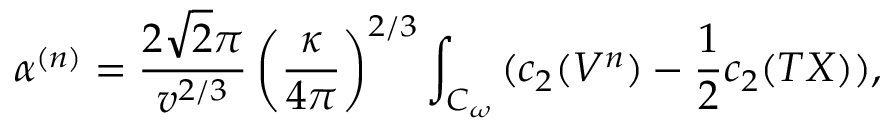
\alpha ^ { ( n ) } = \frac { 2 \sqrt { 2 } \pi } { v ^ { 2 / 3 } } \left( \frac { \kappa } { 4 \pi } \right) ^ { 2 / 3 } \int _ { { \cal { C } } _ { \omega } } { ( c _ { 2 } ( V ^ { n } ) - \frac { 1 } { 2 } c _ { 2 } ( T X ) ) } ,